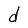
Character: d